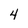
Character: 4